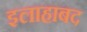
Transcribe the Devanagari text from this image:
इलाहाबद